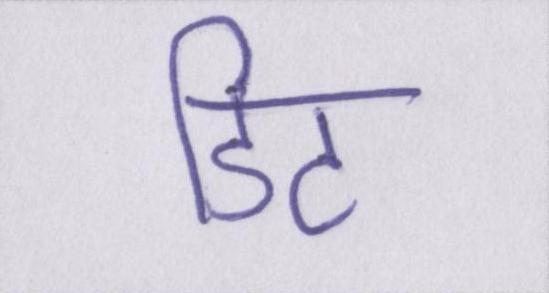
डिट